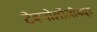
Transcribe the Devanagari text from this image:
टेक्नोलॉजीमधून